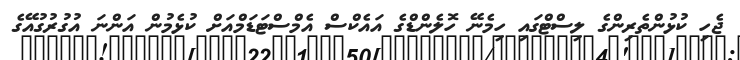
ޖެހި ކުޅުންތެރިންގެ ލިސްޓްގައި ހިމެނޭ ހޮލެންޑްގެ އައެކްސް އެމްސްޓަޑަމްއަށް ކުޅެމުން އަންނަ އުގުރުގުއޭގެ